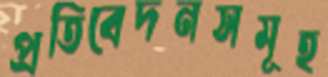
প্রতিবেদনসমূহ